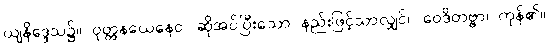
ယျနိဒ္ဒေသ၌။ ဝုတ္တနယေနေဝ၊ ဆိုအပ်ပြီးသော နည်းဖြင့်သာလျှင်။ ဝေဒိတဗ္ဗာ၊ ကုန်၏။